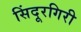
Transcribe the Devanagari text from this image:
सिंदूरगिरी